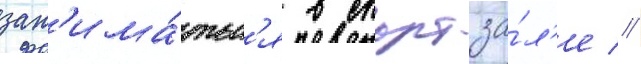
зан'има́тьс'я в спортза́л'е //